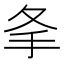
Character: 𢩸